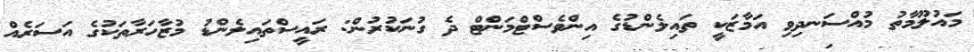
މައުލޫމާތު މުއްސަނދިވި އަމާޒަކީ ތައިލެންޑުގެ އިންވެސްޓްމަންޓް ދެ ގުނަކުރުން: ރައީސްތައިލެންޑު މުޒާހަރާތަކުގެ އަސަރެއް